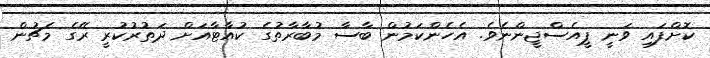
ކޮށްފައި ވަނީ ޕީއެސްޖީންނެވެ. އެހެންކަމުން ބާސާ މުބާރާތުގެ ކުއާޓާއަށް ދަތުރުކުރީ ރޭގެ މެޗުން